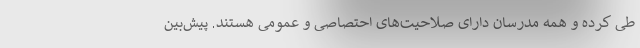
طی کرده و همه مدرسان دارای صلاحیت‌های احتصاصی و عمومی هستند. پیش‌بین